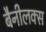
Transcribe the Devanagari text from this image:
बैनीलक्स